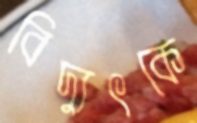
বিদ্যুৎকে